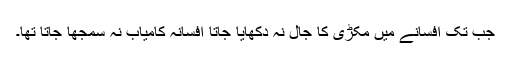
جب تک افسانے میں مکڑی کا جال نہ دکھایا جاتا افسانہ کامیاب نہ سمجھا جاتا تھا۔